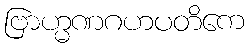
ဗြာဟ္မဏဂဟပတိကေ